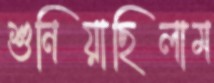
শুনিয়াছিলাম